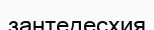
зантедесхия